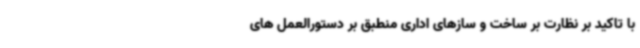
با تاکید بر نظارت بر ساخت و سازهای اداری منطبق بر دستورالعمل های